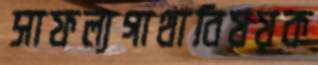
সাফল্যগাথাবিষয়ক